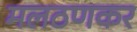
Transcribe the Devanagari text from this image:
मलठणकर